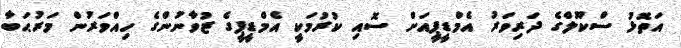
އަތޮޅު ސްކޫލްގެ ދަރިވަރު އެމްޑީޕީއަށް ސޮއި ކުރުމަކީ އެމްޑީޕީގެ ޒުވާނުންގެ ހިއްވަރުން މަރުޙަބާ